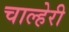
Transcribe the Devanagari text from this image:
चाल्हेरी